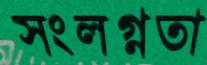
সংলগ্নতা